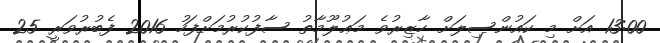
13:00 އަށް މި ކައުންސިލަށް ހާޒިރުވެ މަޢުލޫމާތު ސާފުކުރުމަށްފަހު 2016 ފެބުރުވަރީ 25